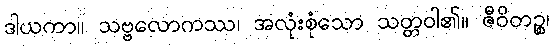
ဒါယကာ။ သဗ္ဗလောကဿ၊ အလုံးစုံသော သတ္တဝါ၏။ ဇီဝိတဉ္စ၊